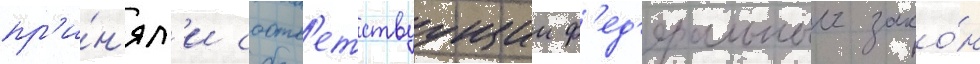
пр'и́н'ял'и соотв'етствуущии ф'ед'еральныи зако́н